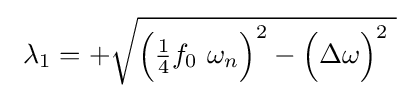
\ \lambda _{1}=+{\sqrt {{\Bigl (}{\tfrac {1}{4}}f_{0}\ \omega _{n}{\Bigr )}^{2}-{\Bigl (}\Delta \omega {\Bigr )}^{2}\;}}~